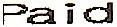
PAID